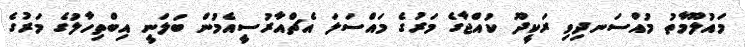
މައުލޫމާތު މުއްސަނދިވި ރަކީދޫ ކުއްޖާގެ މަރުގެ މައްސަަލަ އެޗްއާރުސީއެމުން ބަލަނީ އިބްތިހާލުގެ މަރުގެ